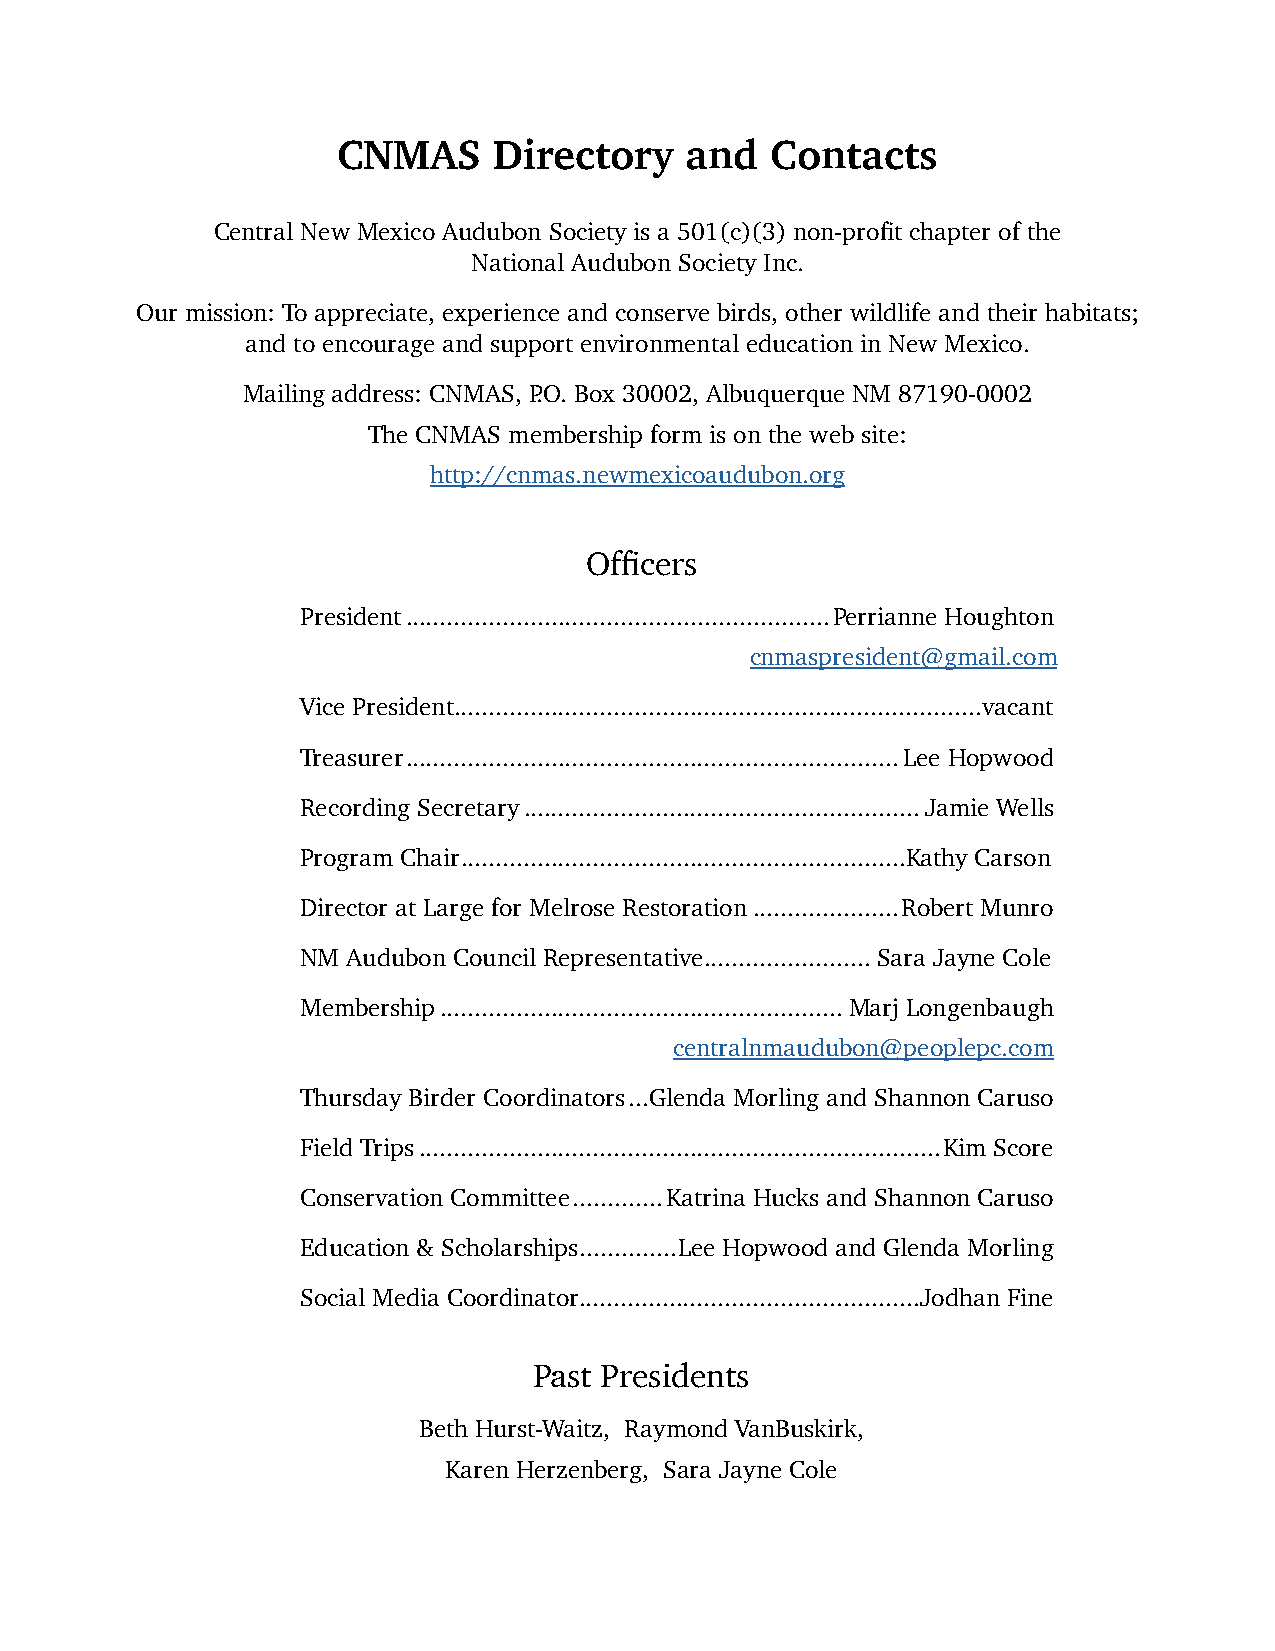
CNMAS      Directory   and   Contacts
 Central New Mexico Audubon Society is a 501(c)(3) non-profit chapter of the
 National Audubon Society Inc.
 Our mission: To appreciate, experience and conserve birds, other wildlife and their habitats;
 and to encourage and support environmental education in New Mexico.
 Mailing address: CNMAS, P.O. Box 30002, Albuquerque NM 87190-0002
 The CNMAS membership form is on the web site:
 http://cnmas.newmexicoaudubon.org
 Officers
 President .............................................................Perrianne Houghton
 cnmaspresident@gmail.com
 Vice President ............................................................................vacant
 Treasurer .......................................................................Lee Hopwood
 Recording Secretary .........................................................Jamie Wells
 Program Chair ................................................................Kathy Carson
 Director at Large for Melrose Restoration .....................Robert Munro
 NM Audubon Council Representative ........................Sara Jayne Cole
 Membership ..........................................................Marj Longenbaugh
 centralnmaudubon@peoplepc.com
 Thursday Birder Coordinators ...Glenda Morling and Shannon Caruso
 Field Trips ...........................................................................Kim Score
 Conservation Committee .............Katrina Hucks and Shannon Caruso
 Education & Scholarships ..............Lee Hopwood and Glenda Morling
 Social Media Coordinator .................................................Jodhan Fine
 Past Presidents
 Beth Hurst-Waitz, Raymond VanBuskirk,
 Karen Herzenberg, Sara Jayne Cole